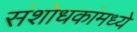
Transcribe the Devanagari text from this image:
संशोधकांमध्ये